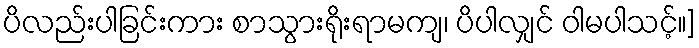
ပိလည်းပါခြင်းကား စာသွားရိုးရာမကျ၊ ပိပါလျှင် ဝါမပါသင့်။]